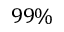
9 9 \%